Lunatic asylums Madras 1892-1911 - 1892-1911
Year: 1892
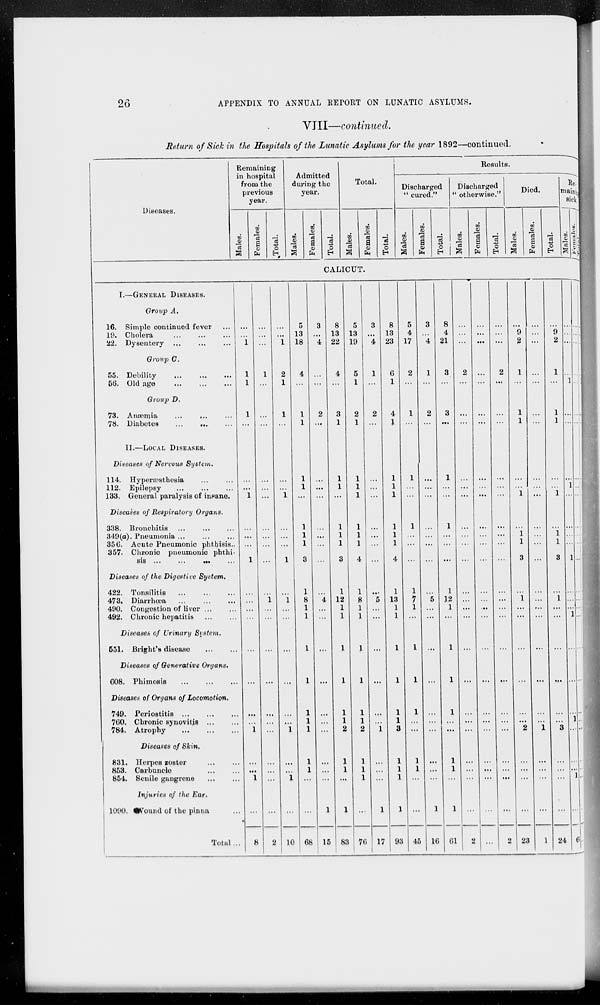
26
APPENDIX TO ANNUAL REPORT ON LUNATIC ASYLUMS.
VIII—continued.
Return of Sick in the Hospitals of the Lunatic Asylums for the year 1892—continued.
Diseases.
Remaining
in hospital
from the
previous
year.
Males.
Females.
Total.
Admitted
during the
year.
Males.
Females.
Total.
Total.
Males.
Females.
Total.
Results.
Discharged
" cured."
Males.
Females.
Total.
Discharged
"otherwise."
Males.
Females.
Total.
Died.
Males.
Females.
Total.
Re-
mainig
sick.
Males.
Females.
CALICUT.
I.—GENERAL DISEASES.
Group A.
16. Simple continued fever ...
19. Cholera
...
...
...
22. Dysentery ... ... ...
Group C.
55. Debility
...
...
...
56. Old age
...
...
...
Group D.
73. Anæmia ... ... ...
78. Diabetes
...
...
...
II.—LOCAL DISEASES.
Diseases of Nervous
System.
114. Hyperæsthesia ... ...
112. Epilepsy
...
...
...
133. General paralysis of insane.
Diseases of Respiratory
Organs.
338. Bronchitis
...
...
...
349(a). Pneumonia ... ... ...
356. Acute Pneumonic phthisis ..
357. Chronic pneumonic phthi-
sis ... ... ... ...
Diseases of the Digestive
System.
422.
Tonsilitis ... ... ...
473. Diarrhœa ... ... ...
490. Congestion of liver ... ...
492. Chronic hepatitis
Diseases of Urinary System.
551. Bright's disease ... ...
Diseases of Generative Organs.
608. Phimosis
...
...
...
Diseases of Organs of Locomotion.
749. Periostitis
...
...
...
760. Chronic synovites ... ...
784. Atrophy
...
...
...
Diseases of Skin.
831. Herpes zoster ... ...
853. Carbuncle ... ...
854. Senile gangrene ... ...
Injuries of the Ear.
1090.
Vound of the pinna ...
Total ...
...
...
1
1
1
1
...
...
...
1
...
...
...
1
...
...
...
...
...
...
...
...
1
...
...
1
...
8
...
...
...
1
...
...
...
...
...
...
...
...
...
...
...
1
...
...
...
...
...
...
...
...
...
...
...
2
...
...
1
2
1
1
...
...
...
1
...
...
...
1
...
1
...
...
...
...
...
...
1
...
...
1
...
10
5
13
18
4
...
1
1
1
1
...
1
1
1
3
1
8
1
1
1
1
1
1
1
1
1
...
...
68
3
...
4
...
...
2
...
...
...
...
...
...
...
...
...
4
...
...
...
...
...
...
...
...
...
...
1
15
8
13
22
4
...
3
1
1
1
...
1
1
1
3
1
12
1
1
1
1
1
1
2
1
1
...
1
83
5
13
19
5
1
2
1
1
1
1
1
1
1
4
1
8
1
1
1
1
1
1
2
1
1
1
...
76
3
...
4
1
...
2
...
...
...
...
...
...
...
...
...
5
...
...
...
...
...
...
1
...
...
...
1
17
8
13
23
6
1
4
1
1
1
1
1
1
1
4
1
13
1
1
1
1
1
1
3
1
1
1
1
93
5
4
17
2
...
1
...
1
...
...
1
...
...
...
1
7
1
...
1
1
1
...
...
1
1
...
...
45
3
...
4
1
...
2
...
...
...
...
...
...
...
...
...
5
...
...
...
...
...
...
...
...
...
...
1
16
8
4
21
3
...
3
...
1
...
...
1
...
...
...
1
12
1
...
1
1
1
...
...
1
1
...
1
61
...
...
...
2
...
...
...
...
...
...
...
...
...
...
...
...
...
...
...
...
...
...
...
...
...
...
...
2
...
...
...
...
...
...
...
...
...
...
...
...
...
...
...
...
...
...
...
...
...
...
...
...
...
...
...
...
...
...
...
2
...
...
...
...
...
...
...
...
...
...
...
...
...
...
...
...
...
...
...
...
...
...
...
2
...
9
2
1
...
1
1
...
...
1
...
1
1
3
...
1
...
...
...
...
...
...
2
...
...
...
...
23
...
...
...
...
...
...
...
...
...
...
...
...
...
...
...
...
...
...
...
...
...
...
1
...
...
...
...
1
...
9
2
1
...
1
1
...
...
1
...
1 1
3
...
1
...
...
...
...
...
...
3
...
...
...
...
1
...
...
...
...
1
...
...
...
1
...
...
...
...
1
...
...
...
1
...
...
...
1
...
...
...
1
...
24
...
...
...
...
...
...
...
...
...
...
...
...
...
...
...
...
...
...
...
...
...
...
...
...
...
...
...
6